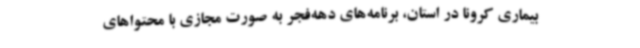
بیماری کرونا در استان، برنامه‌های دهه‌فجر به صورت مجازی با محتواهای